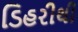
ડિહરીથી